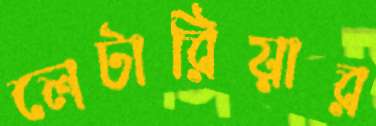
লেটারিয়ার